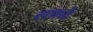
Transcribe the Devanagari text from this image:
सक्ने